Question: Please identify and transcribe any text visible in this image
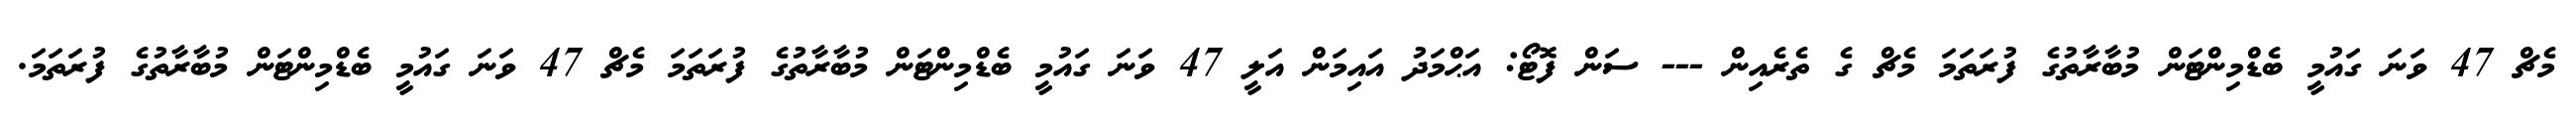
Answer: މެޗް 47 ވަނަ ގައުމީ ބެޑްމިންޓަން މުބާރާތުގެ ފުރަތަމަ މެޗް ގެ ތެރެއިން --- ސަން ފޮޓޯ: އަޙްމަދު އައިމަން އަލީ 47 ވަނަ ގައުމީ ބެޑްމިންޓަން މުބާރާތުގެ ފުރަތަމަ މެޗް 47 ވަނަ ގައުމީ ބެޑްމިންޓަން މުބާރާތުގެ ފުރަތަމަ.